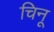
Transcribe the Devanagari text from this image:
चिनू